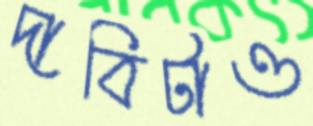
দাবিটাও